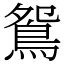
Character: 鴛